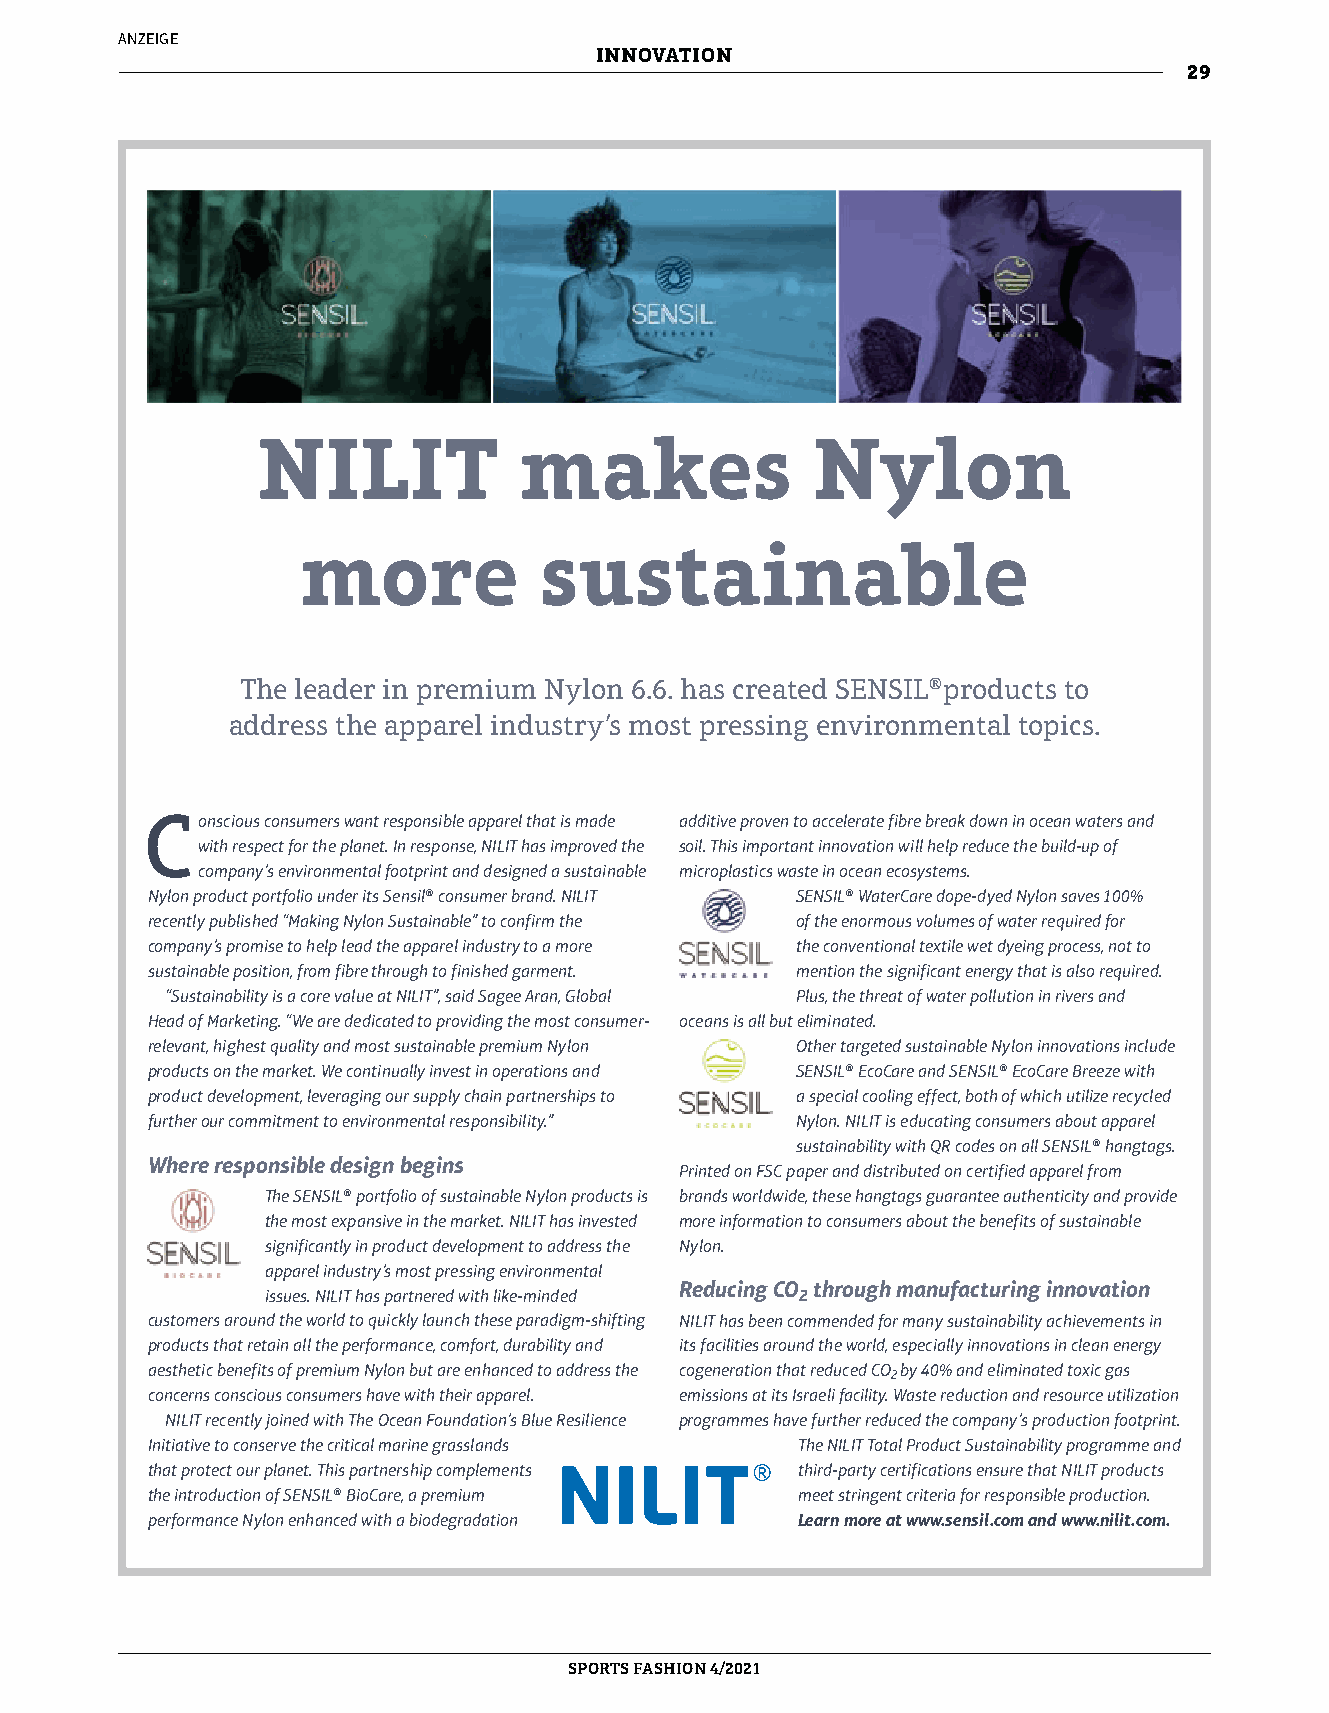
ANZEIGE
 INNOVATION
 29
 NILIT            makes               Nylon
 more            sustainable
 The leader in premium Nylon 6.6. has created SENSIL®products to
 address the apparel industry’s most pressing environmental topics.
 Conscious consumers want responsible apparel that is made additive proven to accelerate fibre break down in ocean waters and
 with respect for the planet. In response, NILIT has improved the soil. This important innovation will help reduce the build-up of
 company’s environmental footprint and designed a sustainable microplastics waste in ocean ecosystems.
 Nylon product portfolio under its Sensil® consumer brand. NILIT SENSIL® WaterCare dope-dyed Nylon saves 100%
 recently published “Making Nylon Sustainable” to confirm the of the enormous volumes of water required for
 company’s promise to help lead the apparel industry to a more the conventional textile wet dyeing process, not to
 sustainable position, from fibre through to finished garment. mention the significant energy that is also required.
 “Sustainability is a core value at NILIT”, said Sagee Aran, Global Plus, the threat of water pollution in rivers and
 Head of Marketing. “We are dedicated to providing the most consumer- oceans is all but eliminated.
 relevant, highest quality and most sustainable premium Nylon Other targeted sustainable Nylon innovations include
 products on the market. We continually invest in operations and SENSIL® EcoCare and SENSIL® EcoCare Breeze with
 product development, leveraging our supply chain partnerships to a special cooling effect, both of which utilize recycled
 further our commitment to environmental responsibility.” Nylon. NILIT is educating consumers about apparel
 sustainability with QR codes on all SENSIL® hangtags.
 Where responsible design begins
 Printed on FSC paper and distributed on certified apparel from
 The SENSIL® portfolio of sustainable Nylon products is brands worldwide, these hangtags guarantee authenticity and provide
 the most expansive in the market. NILIT has invested more information to consumers about the benefits of sustainable
 significantly in product development to address the Nylon.
 apparel industry’s most pressing environmental
 Reducing CO through manufacturing innovation
 issues. NILIT has partnered with like-minded 2
 customers around the world to quickly launch these paradigm-shifting NILIT has been commended for many sustainability achievements in
 products that retain all the performance, comfort, durability and its facilities around the world, especially innovations in clean energy
 aesthetic benefits of premium Nylon but are enhanced to address the cogeneration that reduced CO2 by 40% and eliminated toxic gas
 concerns conscious consumers have with their apparel. emissions at its Israeli facility. Waste reduction and resource utilization
 NILIT recently joined with The Ocean Foundation’s Blue Resilience programmes have further reduced the company’s production footprint.
 Initiative to conserve the critical marine grasslands The NILIT Total Product Sustainability programme and
 that protect our planet. This partnership complements third-party certifications ensure that NILIT products
 the introduction of SENSIL® BioCare, a premium meet stringent criteria for responsible production.
 performance Nylon enhanced with a biodegradation Learn more at www.sensil.com and www.nilit.com.
 SPORTSFASHION 4/2021